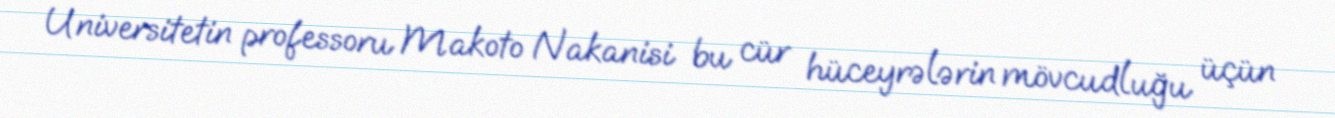
Universitetin professoru Makoto Nakanisi bu cür hüceyrələrin mövcudluğu üçün